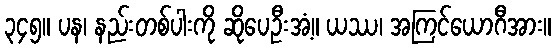
၃၄၅။ ပန၊ နည်းတစ်ပါးကို ဆိုပေဦးအံ့။ ယဿ၊ အကြင်ယောဂီအား။